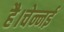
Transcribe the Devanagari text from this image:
है।चेन्नई